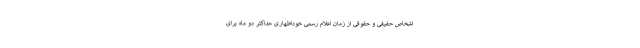
اشخاص حقیقی و حقوقی از زمان اعلام رسمی خوداظهاری حداکثر دو ماه برای